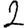
Digit: 2